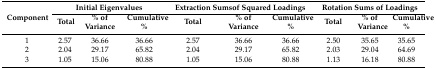
<table><thead><tr><td rowspan="2"><b>Component</b></td><td colspan="3"><b>Initial Eigenvalues</b></td><td colspan="3"><b>Extraction Sumsof Squared Loadings</b></td><td colspan="3"><b>Rotation Sums of Loadings</b></td></tr><tr><td><b>Total</b></td><td><b>% of Variance</b></td><td><b>Cumulative%</b></td><td><b>Total</b></td><td><b>% of Variance</b></td><td><b>Cumulative%</b></td><td><b>Total</b></td><td><b>% of Variance</b></td><td><b>Cumulative%</b></td></tr></thead><tbody><tr><td>1</td><td>2.57</td><td>36.66</td><td>36.66</td><td>2.57</td><td>36.66</td><td>36.66</td><td>2.50</td><td>35.65</td><td>35.65</td></tr><tr><td>2</td><td>2.04</td><td>29.17</td><td>65.82</td><td>2.04</td><td>29.17</td><td>65.82</td><td>2.03</td><td>29.04</td><td>64.69</td></tr><tr><td>3</td><td>1.05</td><td>15.06</td><td>80.88</td><td>1.05</td><td>15.06</td><td>80.88</td><td>1.13</td><td>16.18</td><td>80.88</td></tr></tbody></table>